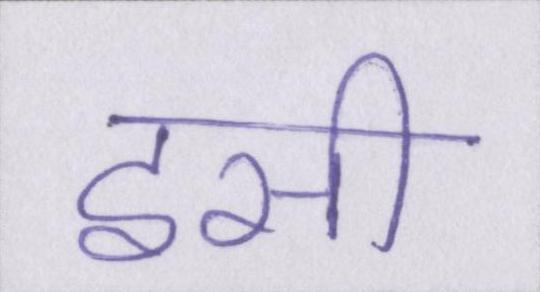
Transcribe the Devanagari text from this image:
इसी